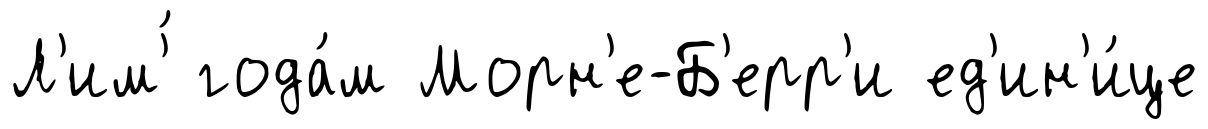
Л'им'́ года́м Морн'е-Б'ерр'и ед'ин'и́це